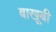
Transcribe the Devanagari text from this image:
बाखूबी